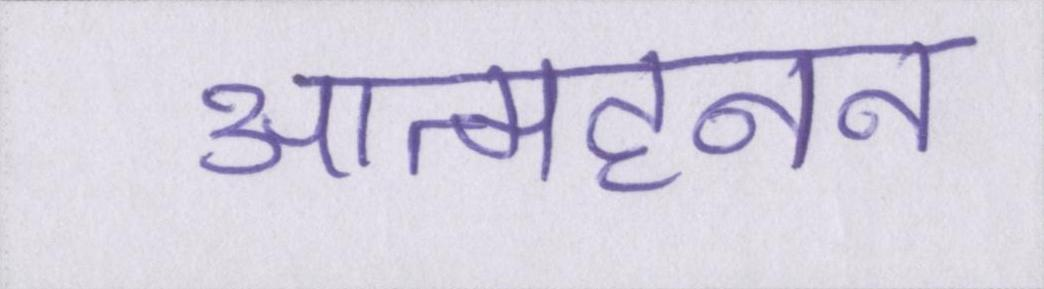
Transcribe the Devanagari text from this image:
आत्महनन